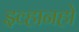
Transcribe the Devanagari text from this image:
इव्हानहो